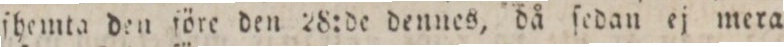
aſhemta den ſöre den 28:de dennes, då ſedan ej mera